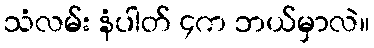
သံလမ်း နံပါတ် ၄က ဘယ်မှာလဲ။